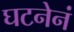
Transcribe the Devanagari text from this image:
घटनेनं